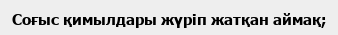
Соғыс қимылдары жүріп жатқан аймақ;